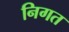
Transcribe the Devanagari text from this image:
निगत